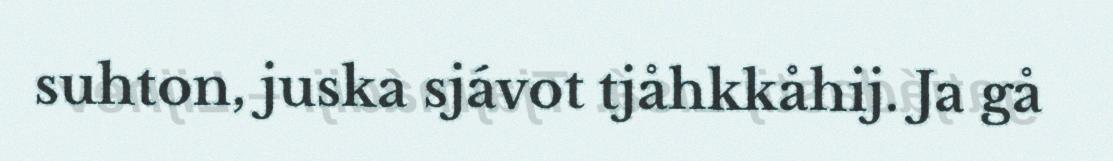
suhton, juska sjávot tjåhkkåhij. Ja gå